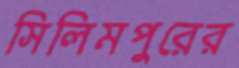
সিলিমপুরের